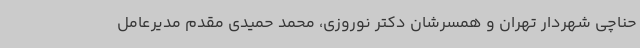
حناچی شهردار تهران و همسرشان دکتر نوروزی، محمد حمیدی مقدم مدیرعامل